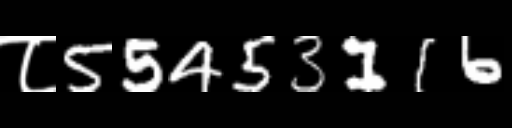
Text: ८55453116